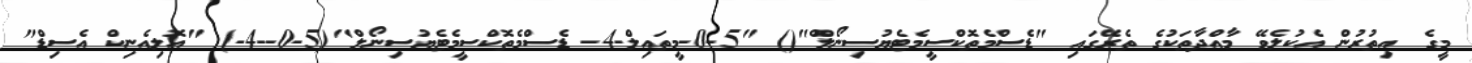
މީގެ އިތުރުން އެކުލެވޭ މާއްދާތަކުގެ ތެރޭގައި "ޑެސްމެތޮކްސީމެޓެޔުސިނޯލް"() "5-0-މީތައިލް-4- ޑެސްމެތޮކްސީމެޓެޔުސިނޯލް"(5-0--4-) "އޮލިއެނިކް އެސިޑް"